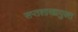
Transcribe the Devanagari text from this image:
सप्तशाखायुक्त